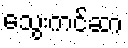
သွေးကင်ဆာ